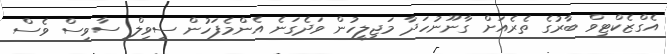
އެގްޒެކްޓިވް ބާރުގެ ތެރެއަށް ގާނޫނުހަދާ މަޖިލީހުން ވަދެގަނެ އެންމެފަހުން ސިވިލް ސާވިސް ވެސް